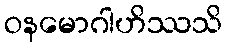
ဝနမောဂါဟိဿသိ